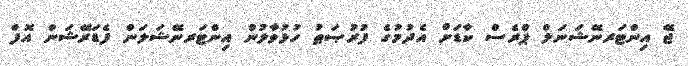
ޖޭ އިންޓަރނޭޝަނަލް ޕްރެސް ކާޑަށް އެދުމުގެ ފުރުޞަޠު ހުޅުވާލުން އިންޓަރނޭޝަލަން ފެޑަރޭޝަން އޮފް